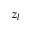
z _ { l }